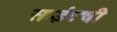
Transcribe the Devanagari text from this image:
साईटची